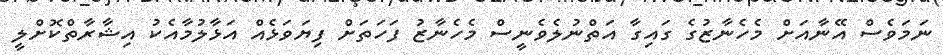
ނަމަވެސް އޭނާއަށް މެހެނާޒުގެ ގައިގާ އަތްނުލެވެނީސް މެހެނާޒު ފަހަތަށް ފިޔަވަޅެއް އަޅާލުމާއެކު އިޝާރާތްކޮށްލީ